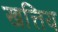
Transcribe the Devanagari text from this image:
खत्तिय